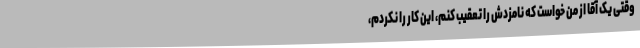
وقتی یک آقا از من خواست که نامزدش را تعقیب کنم، این کار را نکردم،